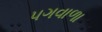
પગવાળા